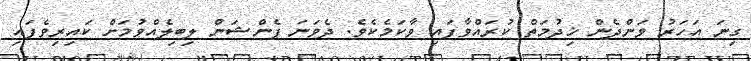
ގިނަ އަހަރު ވަންދެން ޚިދުމަތް ކުރައްވާފައި ވާކަމެކެވެ. ދެވަނަ ޕެންޝަން ލިބިލެއްވުމަށް ކައިރިވެފައި